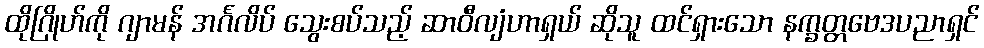
ထိုဂြိုဟ်ကို ဂျာမန် အင်္ဂလိပ် သွေးစပ်သည့် ဆာဝီလျံဟာရှယ် ဆိုသူ ထင်ရှားသော နက္ခတ္တဗေဒပညာရှင်